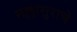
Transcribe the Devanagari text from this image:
मल्लासुराचे